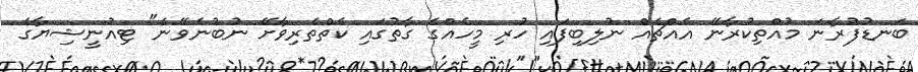
ބަނޑުފުރާނަ މުއްތިކުރާނޭ އެއްޗެއް ނުލިބިފައި ހުރި މީހެއްގެ ގާތުގައި ކެތްތެރިވާށޭ ނުބުނެވޭނެ" ޓިއުނީޝިޔާގެ